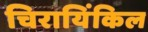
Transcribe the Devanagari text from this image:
चिरायिंकिल